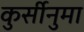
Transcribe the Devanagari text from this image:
कुर्सीनुमा